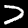
Digit: 7